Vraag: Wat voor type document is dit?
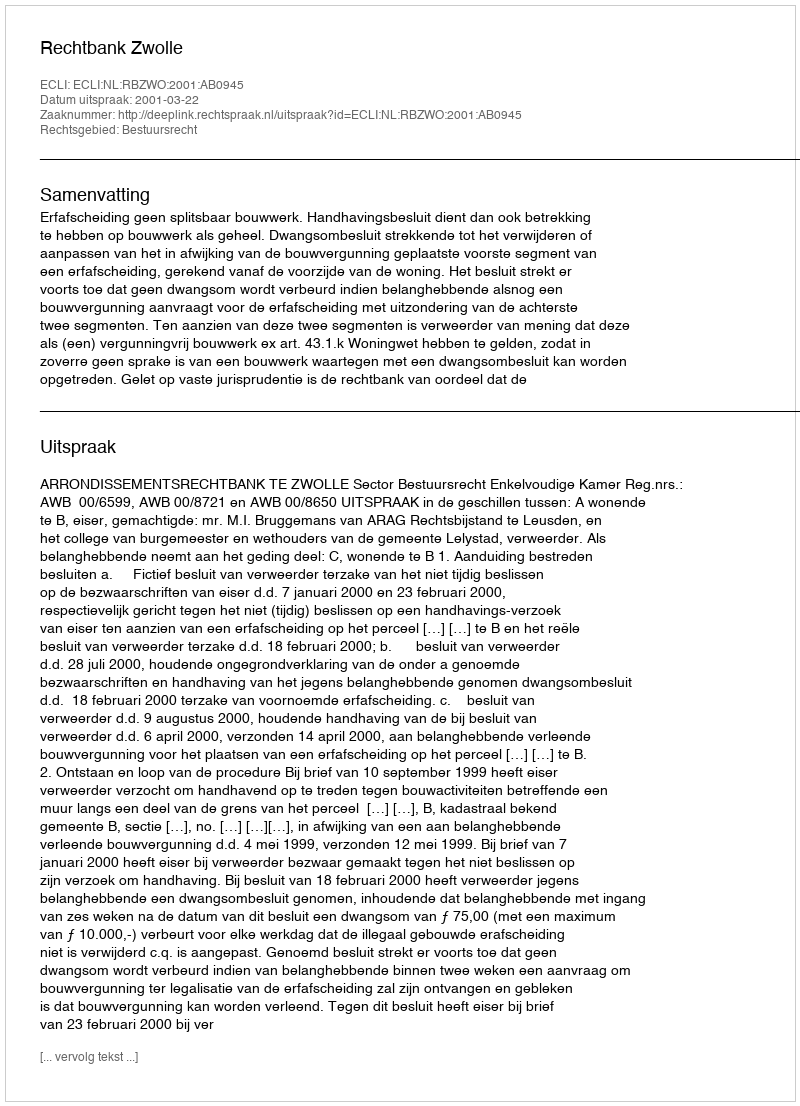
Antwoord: Uitspraak